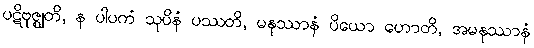
ပဋိဗုဇ္ဈတိ, န ပါပကံ သုပိနံ ပဿတိ, မနုဿာနံ ပိယော ဟောတိ, အမနုဿာနံ